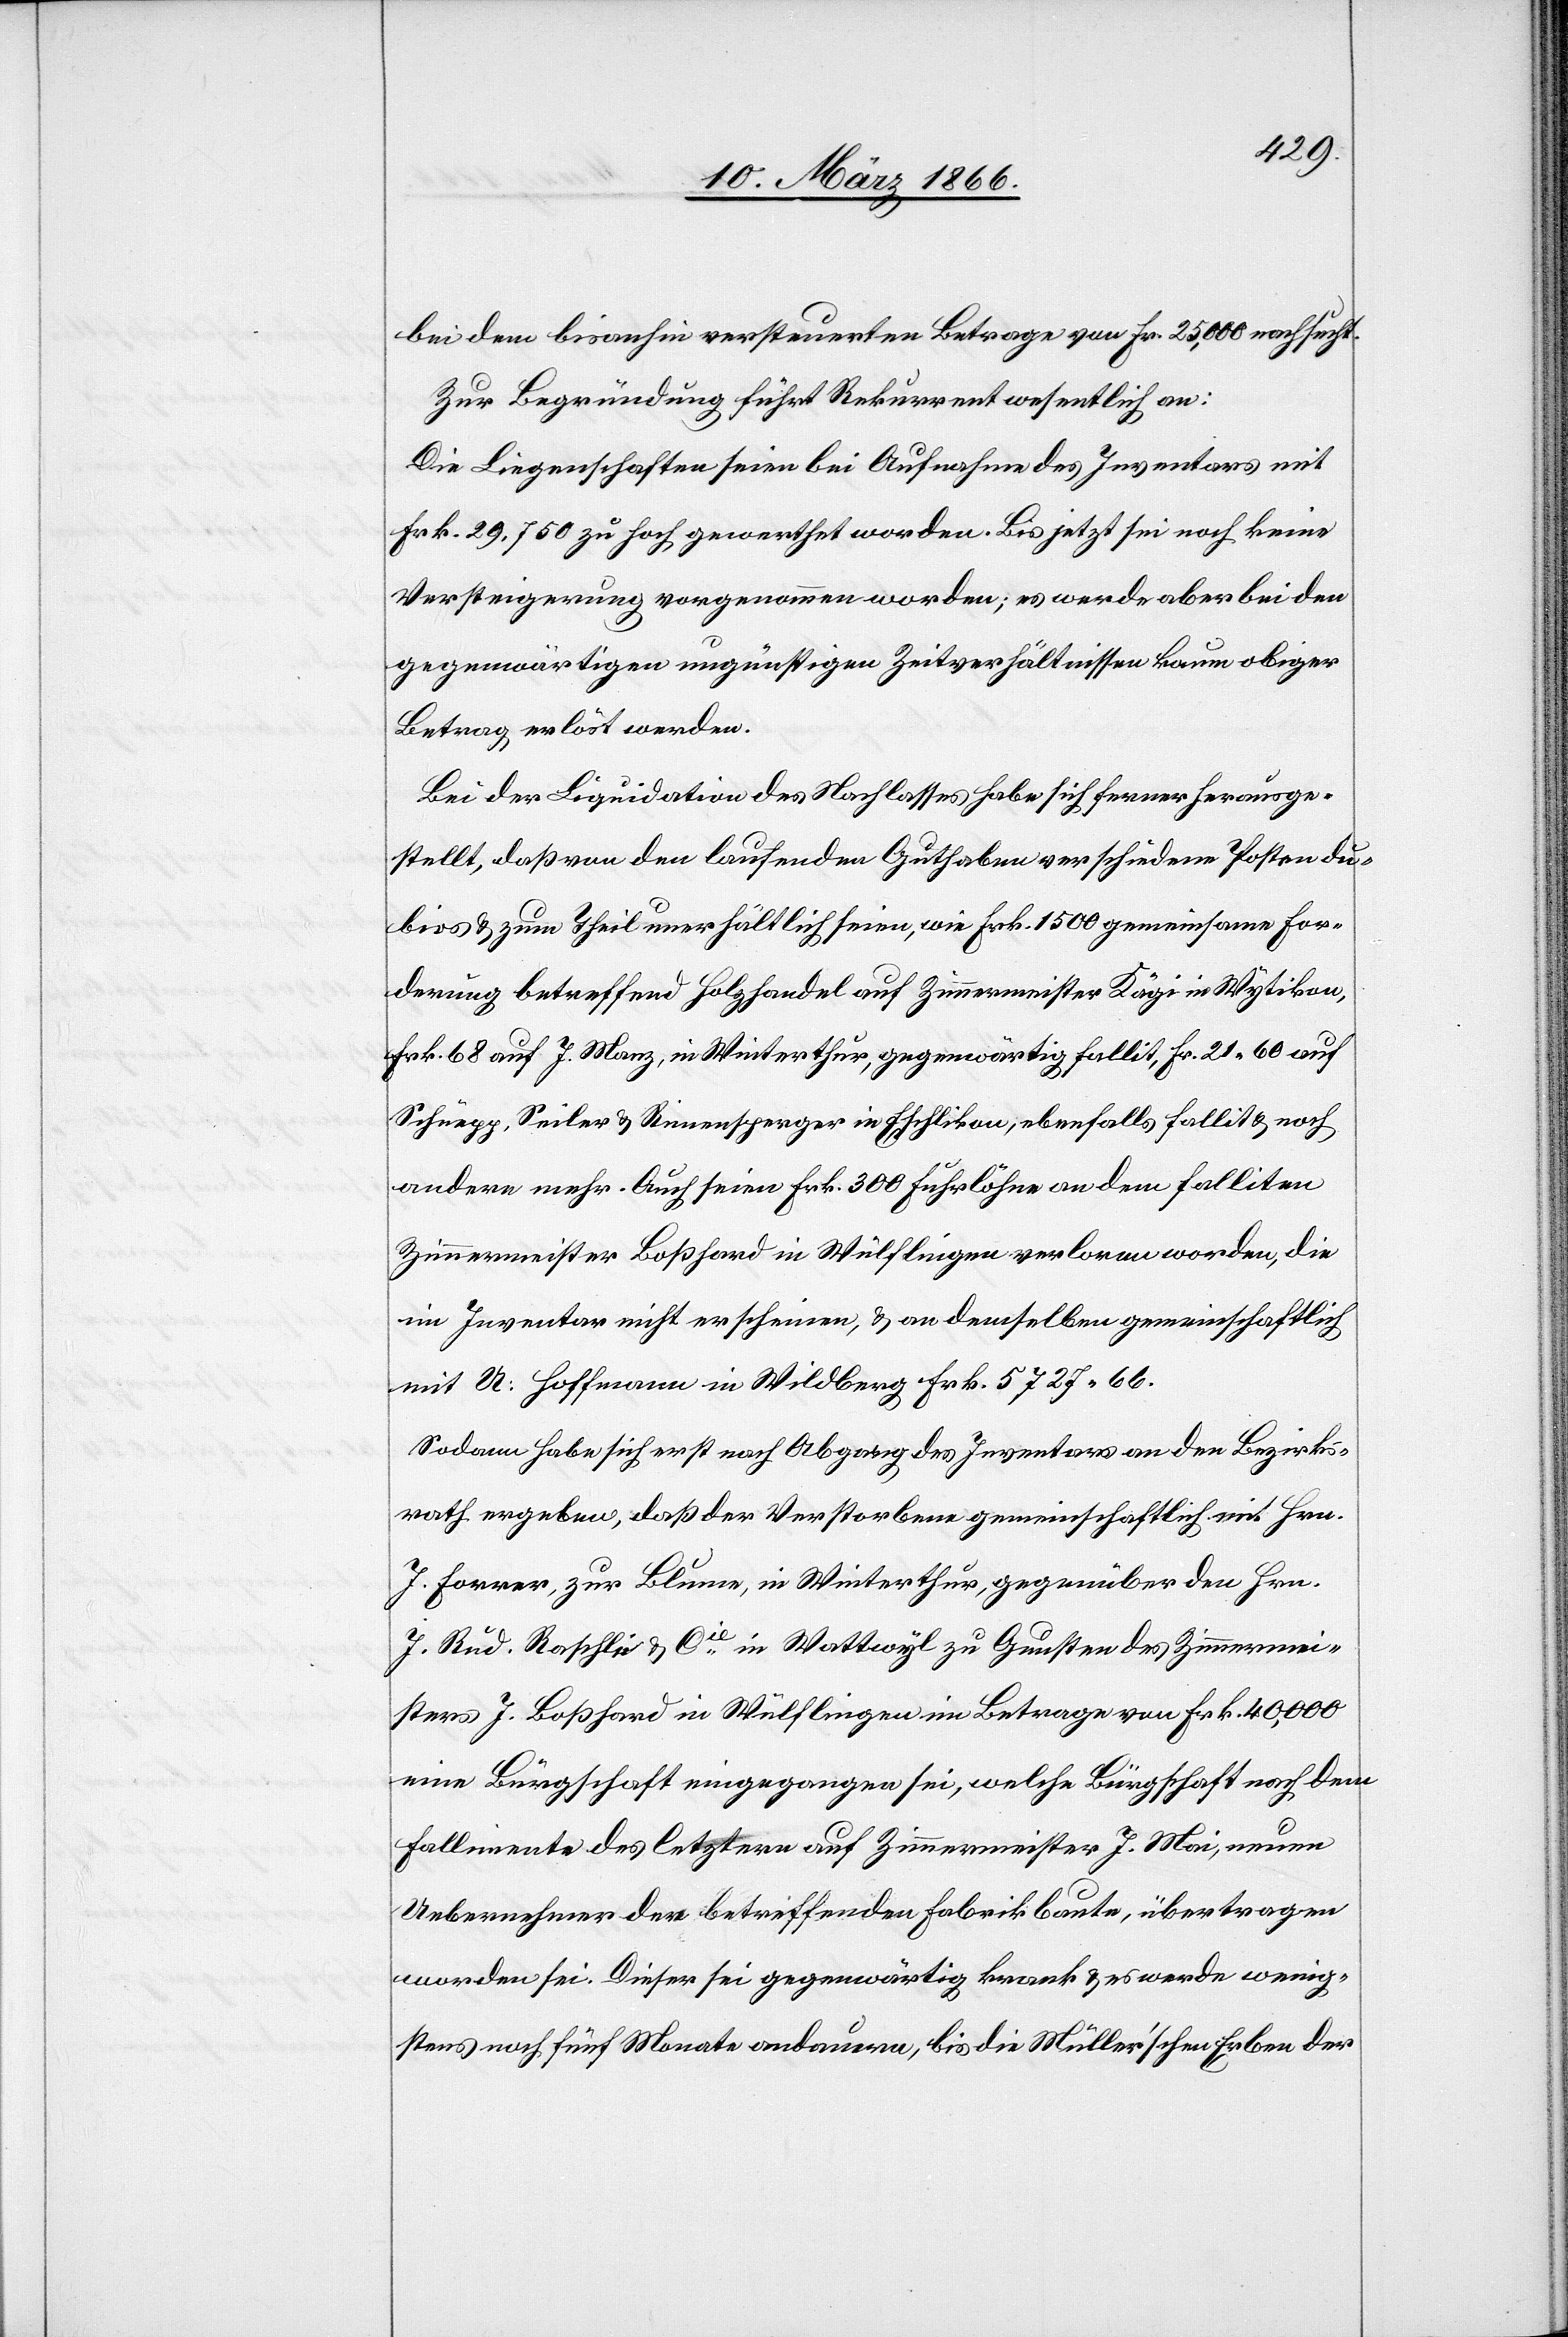
bei dem bisanhin versteuerten Betrage von Fr. 25 000 nachsucht.
Zur Begründung führt Rekurrent wesentlich an:
Die Liegenschaften seien bei Aufnahme des Inventars mit
Frk. 29 750 zu hoch gewerthet worden. Bis jetzt sei noch keine
Versteigerung vorgenommen worden; es werde aber bei den
gegenwärtigen ungünstigen Zeitverhältnissen kaum obiger
Betrag erlöst werden.
Bei der Liquidation des Nachlasses habe sich ferner herausge¬
stellt, daß von den laufenden Guthaben verschiedene Posten du¬
bios u. zum Theil unerhältlich seien, wie Frk. 1500 gemeinsame For¬
derung betreffend Holzhandel auf Zimmermeister Kägi in Wytikon,
Frk. 68 auf J. Manz, in Winterthur, gegenwärtig fallit, Fr. 21 60 auf
Schüepp, Seiler u. Rimensperger in Eschlikon, ebenfalls fallit u. noch
andere mehr. Auch seien Frk. 300 Furhlöhne an dem Falliten
Zimmermeister Boßhard in Wülflingen verloren worden, die
im Inventar nicht erscheinen, u. an demselben gemeinschaftlich
mit A. Hoffmann in Wildberg Frk. 5727 66.
Sodann habe sich erst nach Abgang des Inventars an den Bezirks¬
rath ergeben, daß der Verstorbene gemeinschaftlich mit Hrn.
J. Furrer, zur Blume, in Winterthur, gegenüber den Hrn.
J. Rud. Raschle & Cie. in Wattwyl zu Gunsten des Zimmermei¬
sters J. Boßhard in Wülflingen im Betrage von Frk. 40 000
eine Bürgschaft eingegangen sei, welche Bürgschaft nach dem
Fallimente des letztern auf Zimmermeister J. Mai, neuen
Uebernehmer der betreffenden Fabrikbaute, übertragen
worden sei. Dieser sei gegenwärtig krank u. es werde wenig¬
stens noch fünf Monate andauern, bis die Müller’schen Erben der